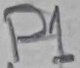
Text: P1